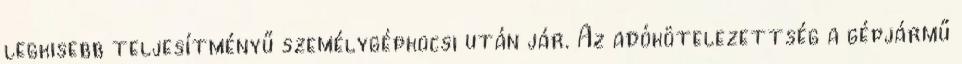
legkisebb teljesítményű személygépkocsi után jár. Az adókötelezettség a gépjármű